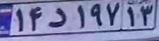
۱۴د۱۹۷۱۳